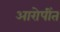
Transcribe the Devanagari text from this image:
आरोपींत